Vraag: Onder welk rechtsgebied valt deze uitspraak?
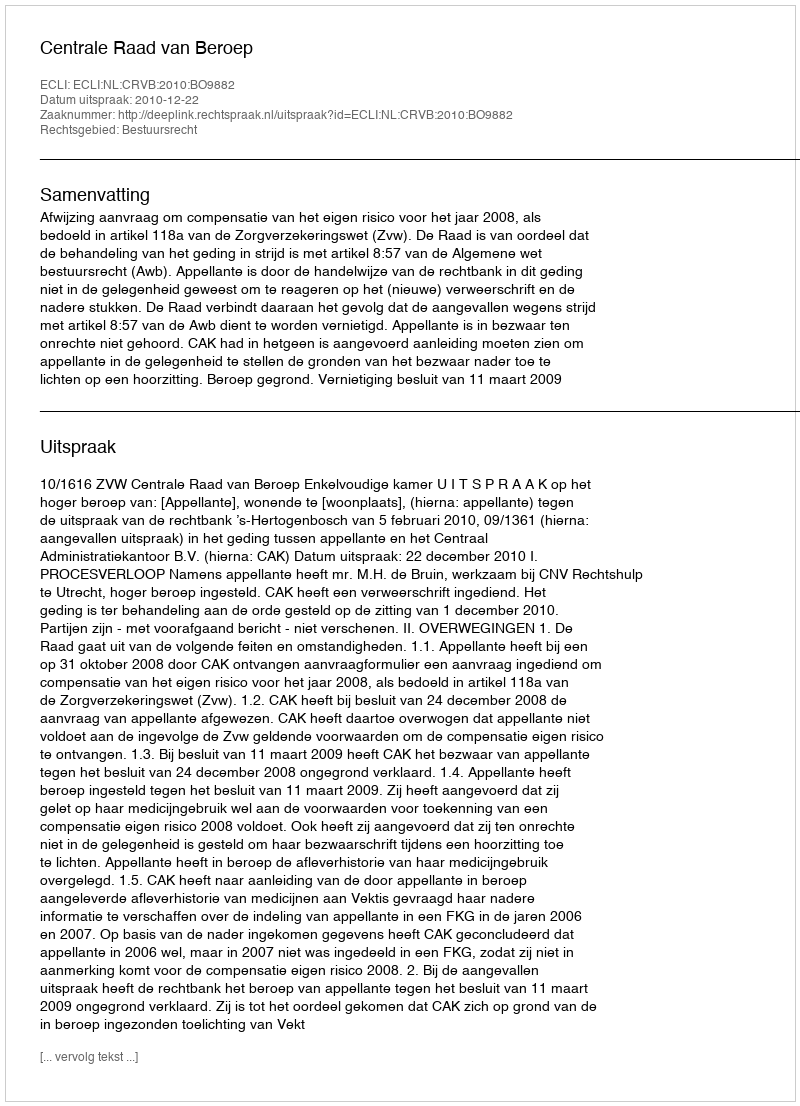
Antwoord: Bestuursrecht